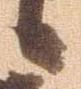
候